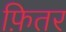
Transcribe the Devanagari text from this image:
फ़ितर